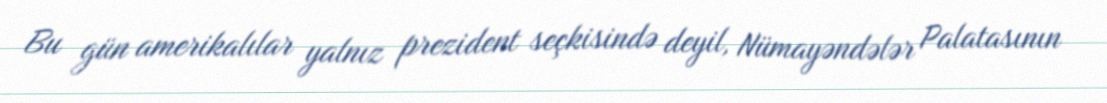
Bu gün amerikalılar yalnız prezident seçkisində deyil, Nümayəndələr Palatasının